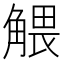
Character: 𧤖